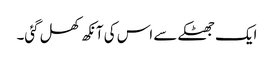
ایک جھٹکے سے اس کی آنکھ کھل گئی۔